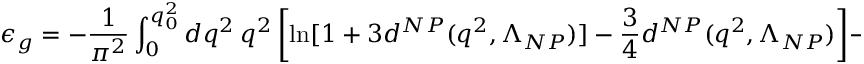
\epsilon _ { g } = - { \frac { 1 } { \pi ^ { 2 } } } \int _ { 0 } ^ { q _ { 0 } ^ { 2 } } d q ^ { 2 } \ q ^ { 2 } \left[ \ln [ 1 + 3 d ^ { N P } ( q ^ { 2 } , \Lambda _ { N P } ) ] - { \frac { 3 } { 4 } } d ^ { N P } ( q ^ { 2 } , \Lambda _ { N P } ) \right] - { \frac { 1 } { \pi ^ { 2 } } } ( \tilde { I } _ { P T } + I _ { P T } ) ,